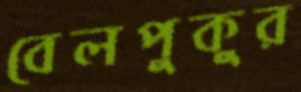
বেলপুকুর